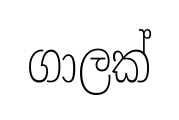
ගාලක්